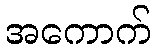
အကောက်